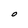
Character: O